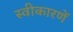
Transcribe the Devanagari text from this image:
स्वीकारणें